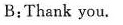
B:Thank you.